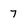
Character: 7